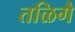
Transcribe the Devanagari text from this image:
तळिगै